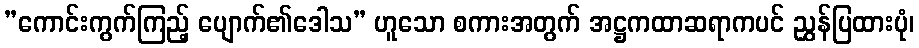
”ကောင်းကွက်ကြည့် ပျောက်၏ဒေါသ” ဟူသော စကားအတွက် အဋ္ဌကထာဆရာကပင် ညွှန်ပြထားပုံ၊